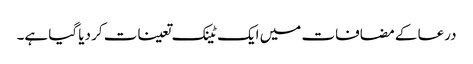
درعا کے مضافات میں ایک ٹینک تعینات کر دیا گیا ہے۔